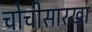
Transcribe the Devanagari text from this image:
चोचीसारखा